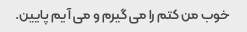
خوب من کتم را می گیرم و می آیم پایین.